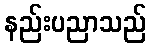
နည်းပညာသည်